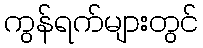
ကွန်ရက်များတွင်